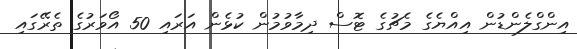
އިންގްލެންޑުން އިއްޔެގެ މެޗުގެ ޓޮސް ދިމާވުމުން ކުޅެން އަރައި 50 އޯވަރުގެ ތެރޭގައި